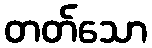
တတ်သော